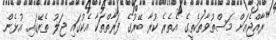
"ރާއްޖެއަށް މަސްތުވާތަކެތީގެ އެތެރެ ކުރާ ބޭރުގެ ފަރާތްތަކާ އެކުގައި ޖަލު ތެރޭގައި އުޅެން